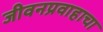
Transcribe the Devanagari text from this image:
जीवनप्रवाहाचा